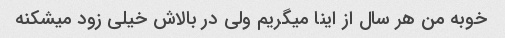
خوبه من هر سال از اینا میگریم ولی در بالاش خیلی زود میشکنه